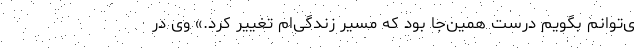
ی‌توانم بگویم درست همین‌جا بود که مسیر زندگی‌ام تغییر کرد.» وی در